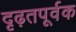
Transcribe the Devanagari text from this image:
दृढ़तपूर्वक